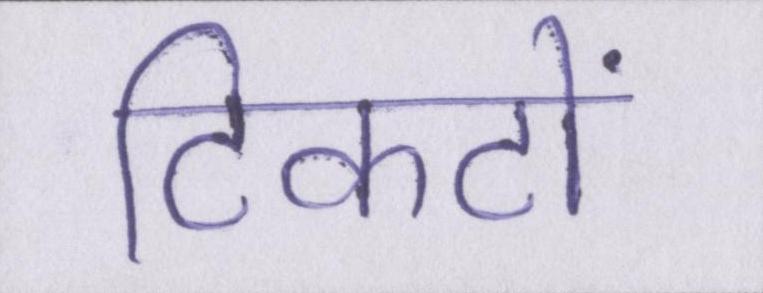
टिकटों